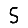
Digit: 5